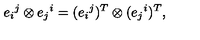
e _ { i } { } ^ { j } \otimes e _ { j } { } ^ { i } = ( e _ { i } { } ^ { j } ) ^ { T } \otimes ( e _ { j } { } ^ { i } ) ^ { T } ,